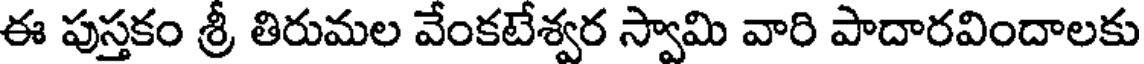
ఈ పుస్తకం శ్రీ తిరుమల వేంకటేశ్వర స్వామి వారి పాదారవిందాలకు